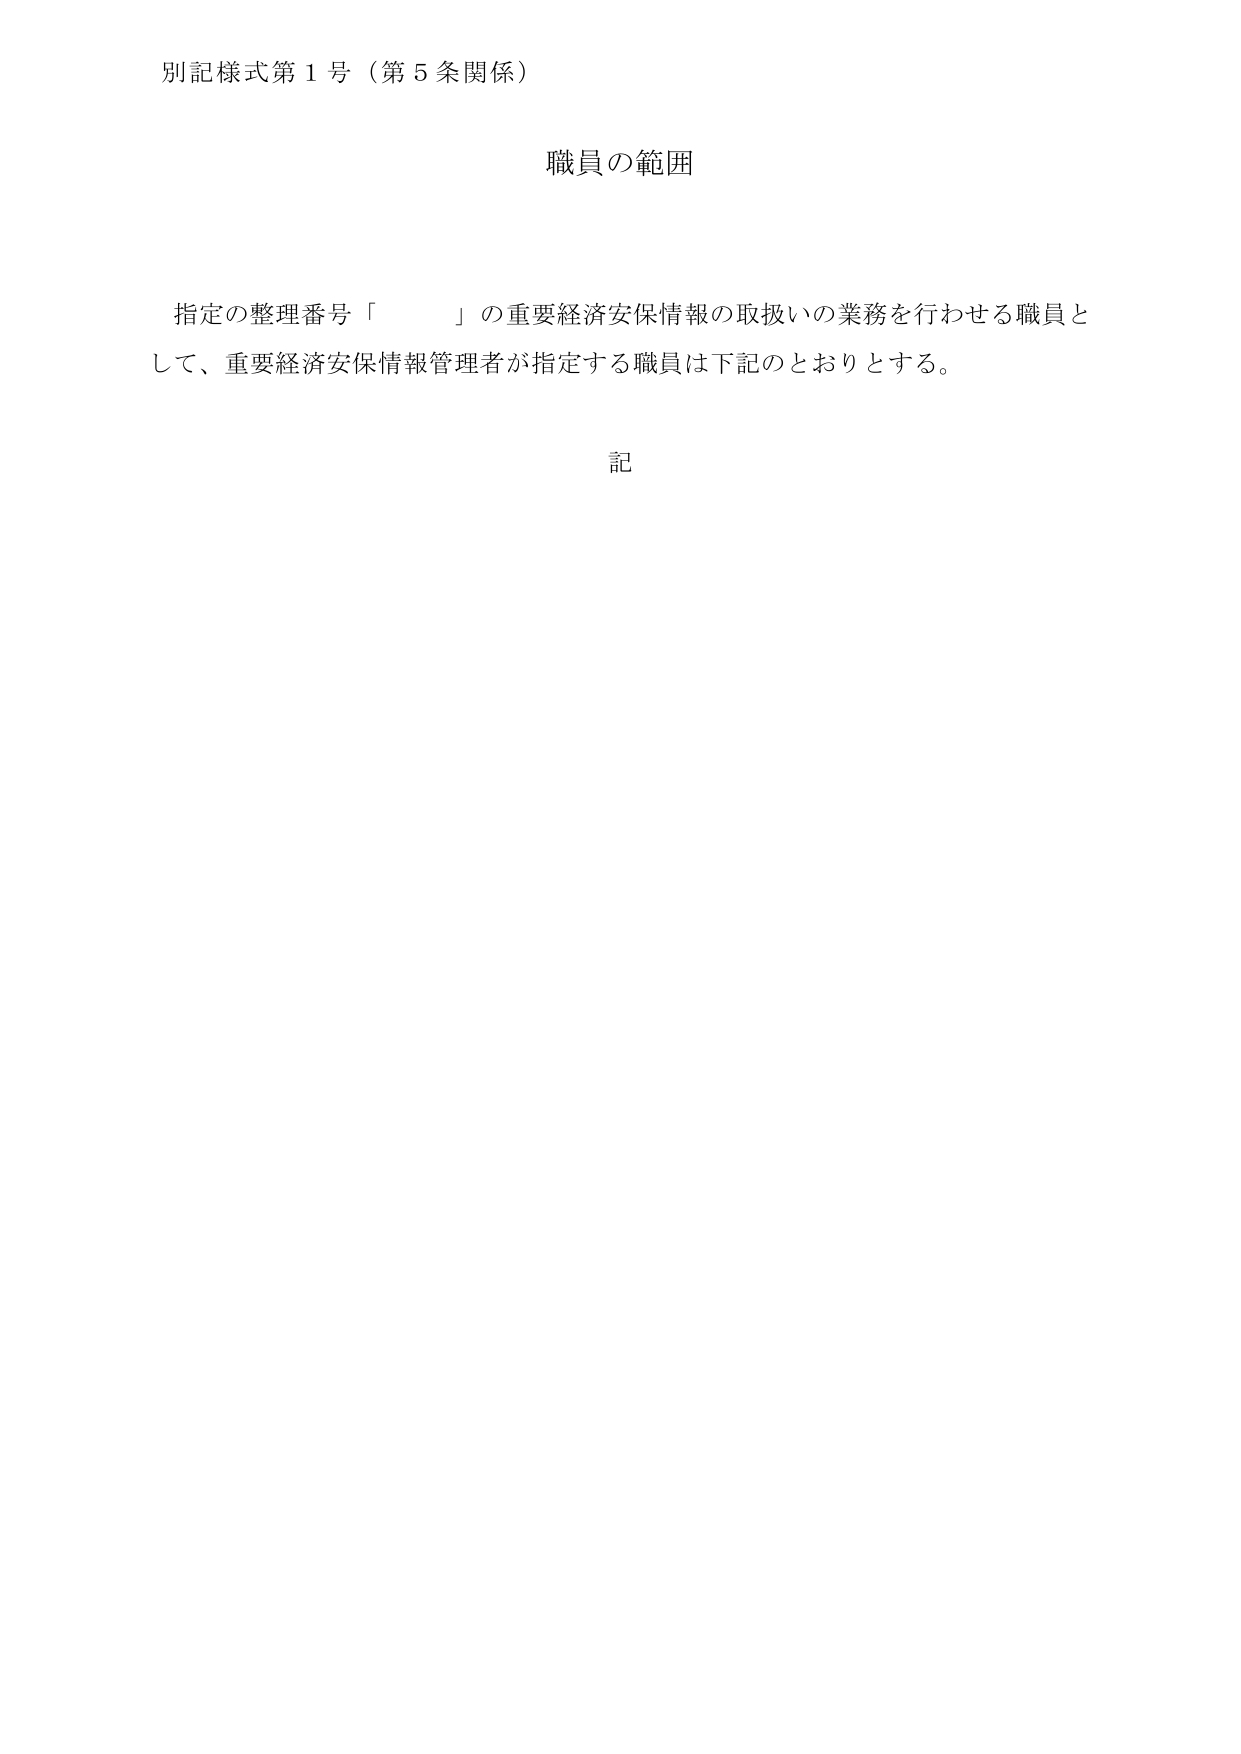
別記様式第１号（第５条関係）

職員の範囲

指定の整理番号「　　」の重要経済安保情報の取扱いの業務を行わせる職員として、重要経済安保情報管理者が指定する職員は下記のとおりとする。

記